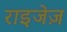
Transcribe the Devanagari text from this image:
राइजेज़